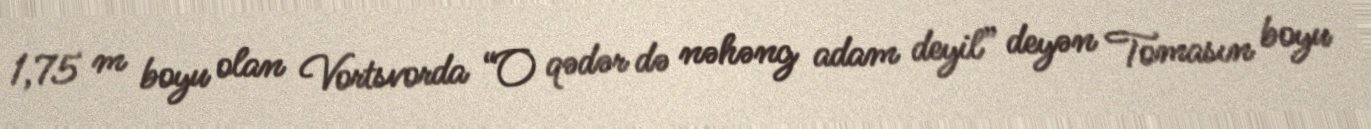
1,75 m boyu olan Vortsvorda “O qədər də nəhəng adam deyil” deyən Tomasın boyu